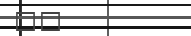
١٠